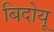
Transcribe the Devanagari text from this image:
बिदोयू